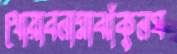
খোয়াবনামাঝাঁকুনঘ